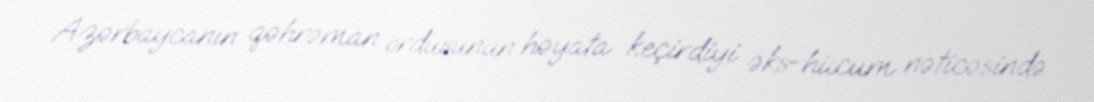
Azərbaycanın qəhrəman ordusunun həyata keçirdiyi əks-hücum nəticəsində